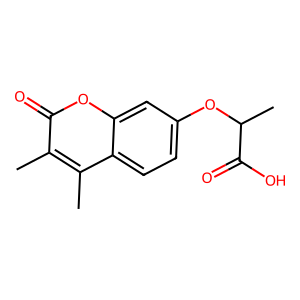
SMILES: Cc1c(C)c2ccc(OC(C)C(=O)O)cc2oc1=O
Inhibits HIV replication: No